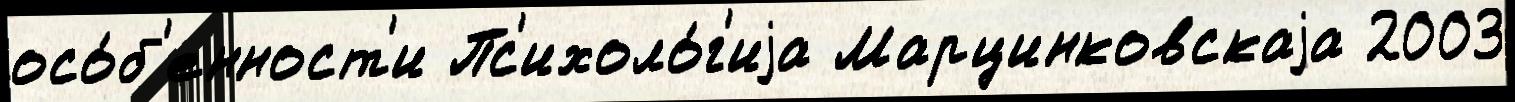
осо́б'енност'и Пс'ихоло́г'иjа Марцинковскаjа 2003